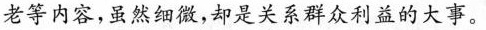
老等内容，虽然细微，却是关系群众利益的大事。